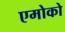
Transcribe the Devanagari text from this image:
एमोको